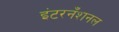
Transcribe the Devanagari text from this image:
इंटरनँशनल